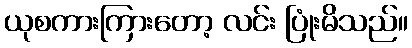
ယုစကားကြားတော့ လင်း ပြုံးမိသည်။